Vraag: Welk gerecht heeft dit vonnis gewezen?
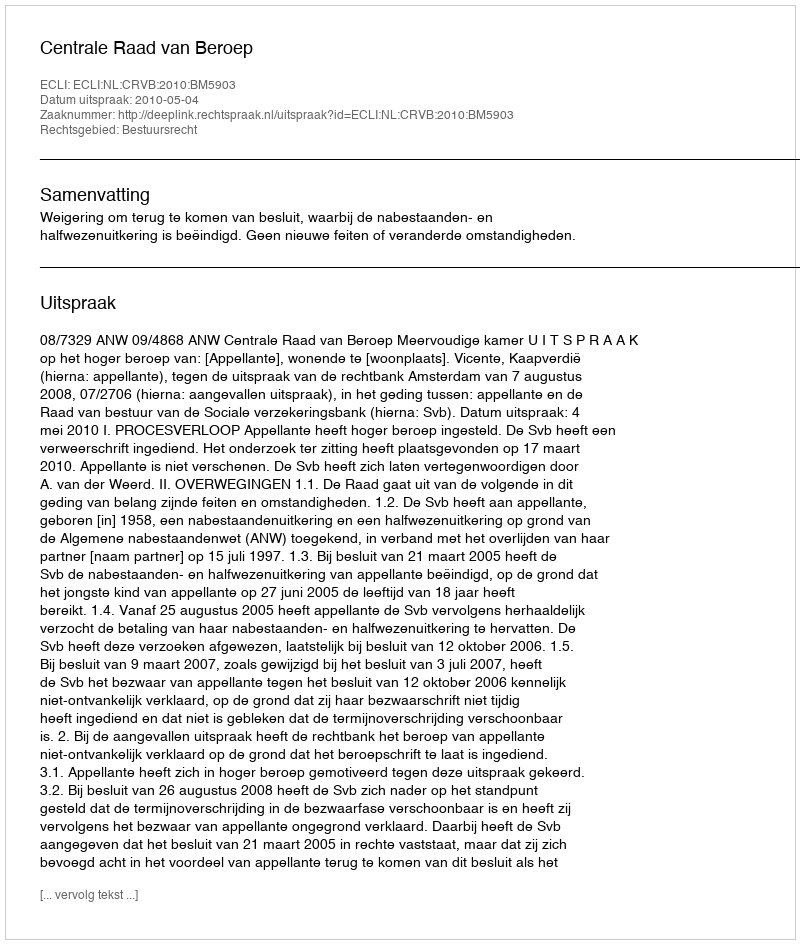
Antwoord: Centrale Raad van Beroep